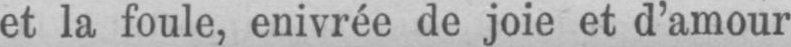
et la foule, enivrée de joie et d’amour